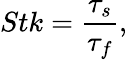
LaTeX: Stk=\frac{\tau_{s}}{\tau_{f}},